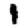
Digit: 1